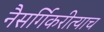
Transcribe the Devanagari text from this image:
नैसर्गिकरीत्याच